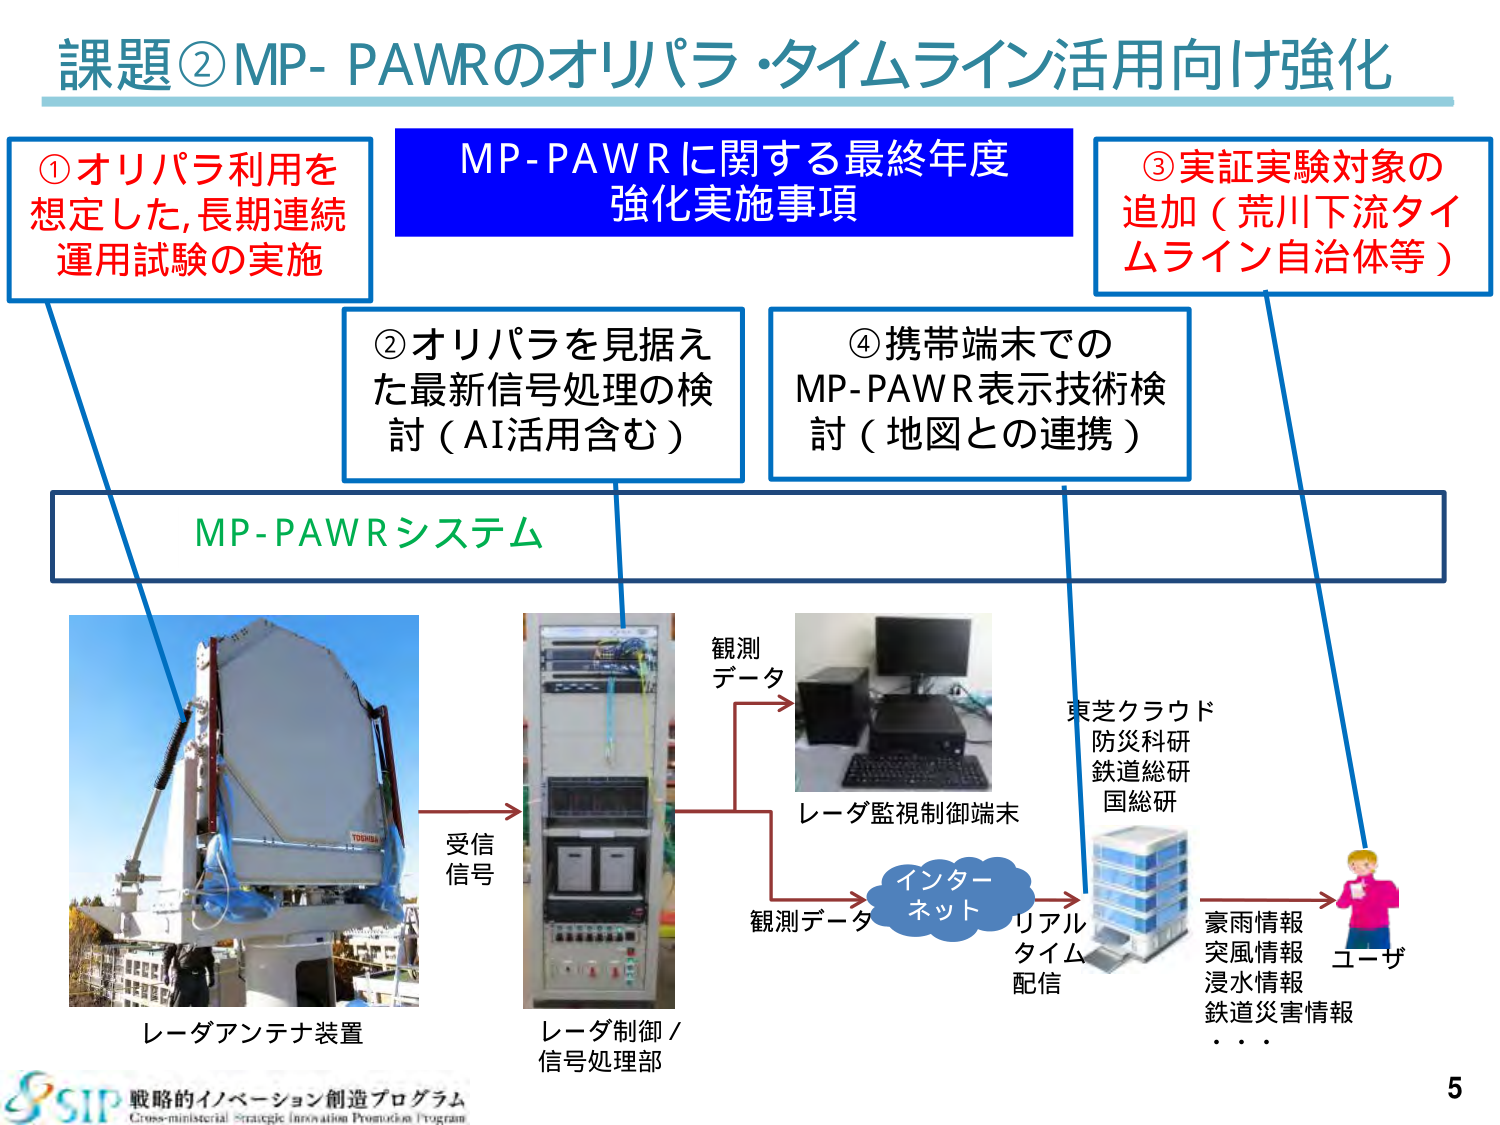
課題②MP-PAWRのオリパラ・タイムライン活用向け強化

①オリパラ利用を
想定した,長期連続
運用試験の実施

MP-PAWRに関する最終年度
強化実施事項

③実証実験対象の
追加（荒川下流タイムライン自治体等）

②オリパラを見据え
た最新信号処理の検
討（AI活用含む）

④携帯端末での
MP-PAWR表示技術検
討（地図との連携）

MP-PAWRシステム

レーダアンテナ装置
受信信号
レーダ制御／信号処理部
観測データ
レーダ監視制御端末
インターネット
観測データ
リアルタイム配信
東芝クラウド
防災科研
鉄道総研
国総研
豪雨情報
突風情報
浸水情報
鉄道災害情報
・・・
ユーザー

SIP 戦略的イノベーション創造プログラム
Cross-ministerial Strategic Innovation Promotion Program

5